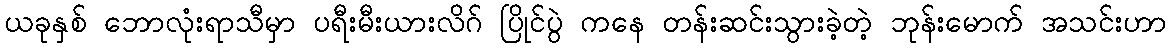
ယခုနှစ် ဘောလုံးရာသီမှာ ပရီးမီးယားလိဂ် ပြိုင်ပွဲ ကနေ တန်းဆင်းသွားခဲ့တဲ့ ဘုန်းမောက် အသင်းဟာ